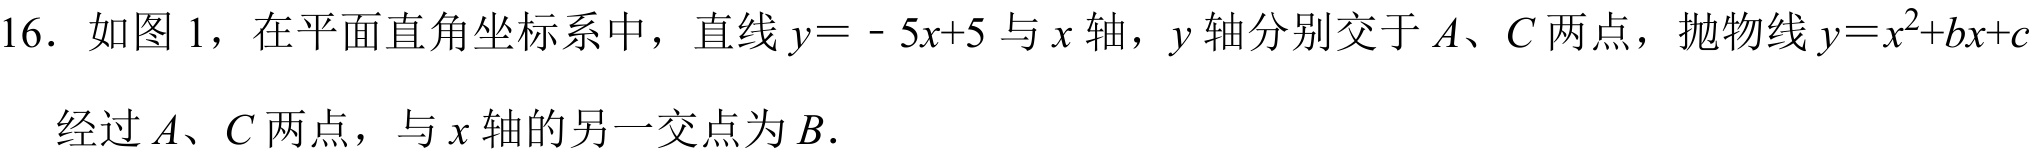
16．如图 1，在平面直角坐标系中，直线\(y = - 5x + 5\)与\(x\)轴，\(y\)轴分别交于\(A\)、\(C\)两点，抛物线\(y=x^{2}+bx + c\)经过\(A\)、\(C\)两点，与\(x\)轴的另一交点为\(B\).